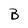
Character: B